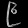
Digit: ၉